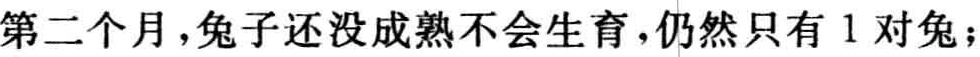
第二个月，兔子还没成熟不会生育，仍然只有 1 对兔；